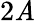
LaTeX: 2\mathit{A}